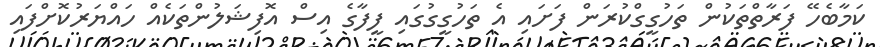
ކަމާބެހޭ ފަރާތްތަކުން ތަހުގީގްކުރަން ފަށައި އެ ތަހުގީގުގައި ފީފާގެ އިސް އޮފިޝަލުންތަކެއް ހައްޔަރުކޮށްފައި